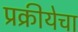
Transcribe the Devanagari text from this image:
प्रक्रीयेचा